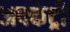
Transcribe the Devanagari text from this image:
अपकंट्री